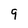
Character: 9